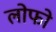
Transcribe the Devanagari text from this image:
लोफो